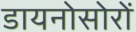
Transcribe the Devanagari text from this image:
डायनोसोरों